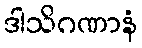
ဒါသိဂဏာနံ